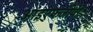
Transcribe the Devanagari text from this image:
आइएफजीपी